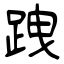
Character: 跩